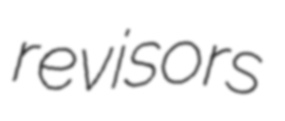
revisors